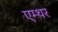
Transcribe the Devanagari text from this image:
एम्थर